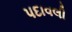
પદાવલી